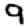
Digit: 9